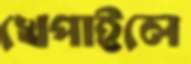
খেপাইলে